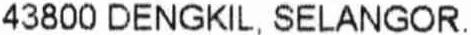
43800 DENGKIL, SELANGOR.